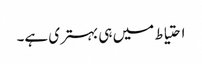
احتیاط میں ہی بہتری ہے۔